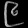
Digit: ၉